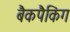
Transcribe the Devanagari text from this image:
बैकपैकिंग